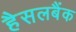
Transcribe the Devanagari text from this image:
हैसलबैंक